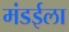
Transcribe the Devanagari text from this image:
मंडईला